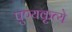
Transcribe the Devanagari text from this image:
पुण्यकृत्ये